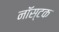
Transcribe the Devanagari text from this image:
नॉस्टक